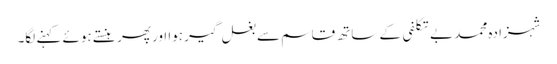
شہزادہ محمد بے تکلفی کے ساتھ قاسم سے بغل گیر ہوا ا ور پھر ہنستے ہوئے کہنے لگا۔